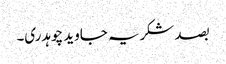
بصد شکریہ جاوید چوہدری۔